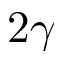
2 \gamma